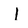
Character: I